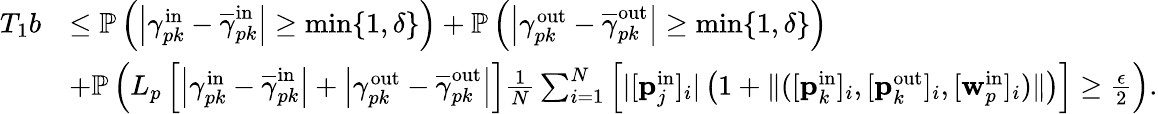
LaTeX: \begin{array}{rl}{T_{1}b}&{\leq\mathbb{P}\left(\left|\gamma_{pk}^{\mathrm{in}}-\overline{{\gamma}}_{pk}^{\mathrm{in}}\right|\geq\operatorname*{min}\{ 1,\delta\} \right)+\mathbb{P}\left(\left|\gamma_{pk}^{\mathrm{out}}-\overline{{\gamma}}_{pk}^{\mathrm{out}}\right|\geq\operatorname*{min}\{ 1,\delta\} \right)}\\ &{+\mathbb{P}\left(L_{p}\left[\left|\gamma_{pk}^{\mathrm{in}}-\overline{{\gamma}}_{pk}^{\mathrm{in}}\right|+\left|\gamma_{pk}^{\mathrm{out}}-\overline{{\gamma}}_{pk}^{\mathrm{out}}\right|\right]\frac{1}{N}\sum_{i=1}^{N}\left[|[\mathbf{p}_{j}^{\mathrm{in}}]_{i}|\left(1+\| ([\mathbf{p}_{k}^{\mathrm{in}}]_{i},[\mathbf{p}_{k}^{\mathrm{out}}]_{i},[\mathbf{w}_{p}^{\mathrm{in}}]_{i})\| \right)\right]\geq\frac{\epsilon}{2}\right).}\end{array}